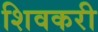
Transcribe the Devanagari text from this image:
शिवकरी